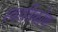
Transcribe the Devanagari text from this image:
स्वरत्रिकोण